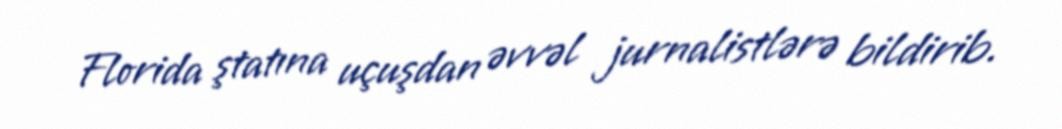
Florida ştatına uçuşdan əvvəl jurnalistlərə bildirib.